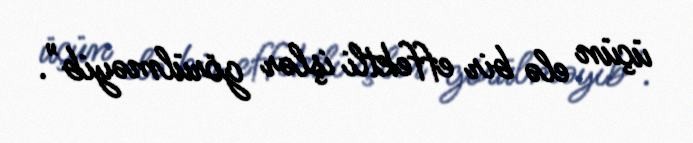
üçün elə bir effektli işlər görülməyib".